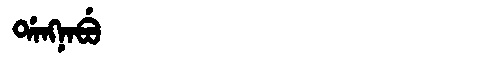
Manchu: ᡩᠠᠩᠨᠠᠪᡠ
Romanization: DANGNABU